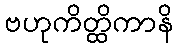
ဗဟုကိတ္ထိကာနိ